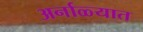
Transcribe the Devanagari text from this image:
अर्नाळ्यात